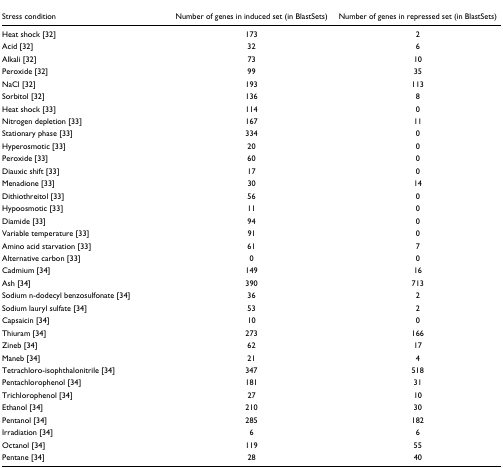
<table><thead><tr><td><b>Stress condition</b></td><td><b>Number of genes in induced set (in BlastSets)</b></td><td><b>Number of genes in repressed set (in BlastSets)</b></td></tr></thead><tbody><tr><td>Heat shock [32]</td><td>173</td><td>2</td></tr><tr><td>Acid [32]</td><td>32</td><td>6</td></tr><tr><td>Alkali [32]</td><td>73</td><td>10</td></tr><tr><td>Peroxide [32]</td><td>99</td><td>35</td></tr><tr><td>NaCl [32]</td><td>193</td><td>113</td></tr><tr><td>Sorbitol [32]</td><td>136</td><td>8</td></tr><tr><td>Heat shock [33]</td><td>114</td><td>0</td></tr><tr><td>Nitrogen depletion [33]</td><td>167</td><td>11</td></tr><tr><td>Stationary phase [33]</td><td>334</td><td>0</td></tr><tr><td>Hyperosmotic [33]</td><td>20</td><td>0</td></tr><tr><td>Peroxide [33]</td><td>60</td><td>0</td></tr><tr><td>Diauxic shift [33]</td><td>17</td><td>0</td></tr><tr><td>Menadione [33]</td><td>30</td><td>14</td></tr><tr><td>Dithiothreitol [33]</td><td>56</td><td>0</td></tr><tr><td>Hypoosmotic [33]</td><td>11</td><td>0</td></tr><tr><td>Diamide [33]</td><td>94</td><td>0</td></tr><tr><td>Variable temperature [33]</td><td>91</td><td>0</td></tr><tr><td>Amino acid starvation [33]</td><td>61</td><td>7</td></tr><tr><td>Alternative carbon [33]</td><td>0</td><td>0</td></tr><tr><td>Cadmium [34]</td><td>149</td><td>16</td></tr><tr><td>Ash [34]</td><td>390</td><td>713</td></tr><tr><td>Sodium n-dodecyl benzosulfonate [34]</td><td>36</td><td>2</td></tr><tr><td>Sodium lauryl sulfate [34]</td><td>53</td><td>2</td></tr><tr><td>Capsaicin [34]</td><td>10</td><td>0</td></tr><tr><td>Thiuram [34]</td><td>273</td><td>166</td></tr><tr><td>Zineb [34]</td><td>62</td><td>17</td></tr><tr><td>Maneb [34]</td><td>21</td><td>4</td></tr><tr><td>Tetrachloro-isophthalonitrile [34]</td><td>347</td><td>518</td></tr><tr><td>Pentachlorophenol [34]</td><td>181</td><td>31</td></tr><tr><td>Trichlorophenol [34]</td><td>27</td><td>10</td></tr><tr><td>Ethanol [34]</td><td>210</td><td>30</td></tr><tr><td>Pentanol [34]</td><td>285</td><td>182</td></tr><tr><td>Irradiation [34]</td><td>6</td><td>6</td></tr><tr><td>Octanol [34]</td><td>119</td><td>55</td></tr><tr><td>Pentane [34]</td><td>28</td><td>40</td></tr></tbody></table>